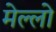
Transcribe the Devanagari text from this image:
मेल्लो